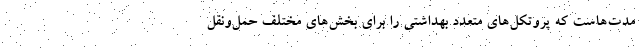
مدت‌هاست که پروتکل‌های متعدد بهداشتی را برای بخش‌های مختلف حمل‌ونقل